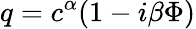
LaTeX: q=c^{\alpha}(1-i\beta\Phi)